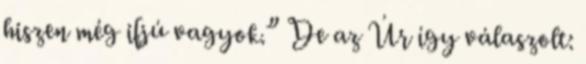
hiszen még ifjú vagyok.” De az Úr így válaszolt: